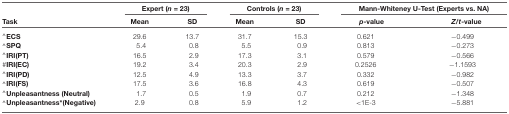
<table><thead><tr><td></td><td colspan="2"><b>Expert (<i>n</i> = 23)</b></td><td colspan="2"><b>Controls (<i>n</i> = 23)</b></td><td colspan="2"><b>Mann-Whiteney U-Test (Experts vs. NA)</b></td></tr><tr><td><b>Task</b></td><td><b>Mean</b></td><td><b>SD</b></td><td><b>Mean</b></td><td><b>SD</b></td><td><b><i>p</i>-value</b></td><td><b><i>Z/t</i>-value</b></td></tr></thead><tbody><tr><td><b><sup>∧</sup>ECS</b></td><td>29.6</td><td>13.7</td><td>31.7</td><td>15.3</td><td>0.621</td><td>−0.499</td></tr><tr><td><b><sup>∧</sup>SPQ</b></td><td>5.4</td><td>0.8</td><td>5.5</td><td>0.9</td><td>0.813</td><td>−0.273</td></tr><tr><td><b><sup>∧</sup>IRI(PT)</b></td><td>16.5</td><td>2.9</td><td>17.3</td><td>3.1</td><td>0.579</td><td>−0.566</td></tr><tr><td><b>#IRI(EC)</b></td><td>19.2</td><td>3.4</td><td>20.3</td><td>2.9</td><td>0.2526</td><td>−1.1593</td></tr><tr><td><b><sup>∧</sup>IRI(PD)</b></td><td>12.5</td><td>4.9</td><td>13.3</td><td>3.7</td><td>0.332</td><td>−0.982</td></tr><tr><td><b><sup>∧</sup>IRI(FS)</b></td><td>17.5</td><td>3.6</td><td>16.8</td><td>4.3</td><td>0.619</td><td>−0.507</td></tr><tr><td><b><sup>∧</sup>Unpleasantness (Neutral)</b></td><td>1.7</td><td>0.5</td><td>1.9</td><td>0.7</td><td>0.212</td><td>−1.348</td></tr><tr><td><b><sup>∧</sup>Unpleasantness*(Negative)</b></td><td>2.9</td><td>0.8</td><td>5.9</td><td>1.2</td><td>&lt;1E-3</td><td>−5.881</td></tr></tbody></table>